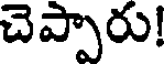
చెప్పారు!